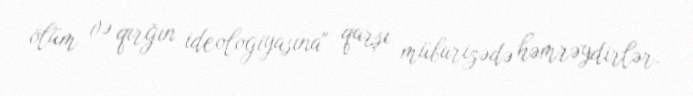
ölüm və qırğın ideologiyasına" qarşı mübarizədə həmrəydirlər.